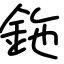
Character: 鉇